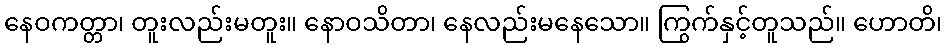
နေဝကတ္တာ၊ တူးလည်းမတူး။ နောဝသိတာ၊ နေလည်းမနေသော။ ကြွက်နှင့်တူသည်။ ဟောတိ၊